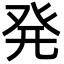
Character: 発